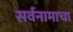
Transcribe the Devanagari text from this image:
सर्वनामाचा